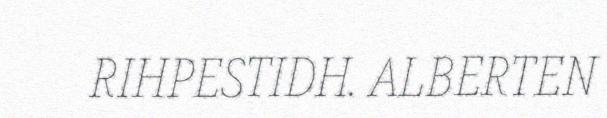
RIHPESTIDH. ALBERTEN